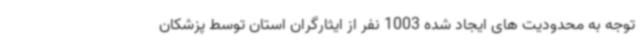
توجه به محدودیت های ایجاد شده 1003 نفر از ایثارگران استان توسط پزشکان